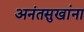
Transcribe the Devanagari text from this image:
अनंतसुखांना